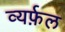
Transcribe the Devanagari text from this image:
व्यर्फ़ल